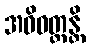
အဓိဝတ္တန္တိ